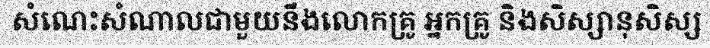
សំណេះសំណាលជាមួយនឹងលោកគ្រូ អ្នកគ្រូ និងសិស្សានុសិស្ស